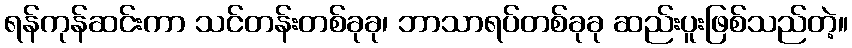
ရန်ကုန်ဆင်းကာ သင်တန်းတစ်ခုခု၊ ဘာသာရပ်တစ်ခုခု ဆည်းပူးဖြစ်သည်တဲ့။